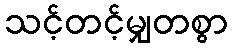
သင့်တင့်မျှတစွာ